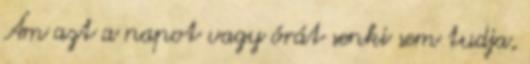
Ám azt a napot vagy órát senki sem tudja,